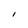
Character: i